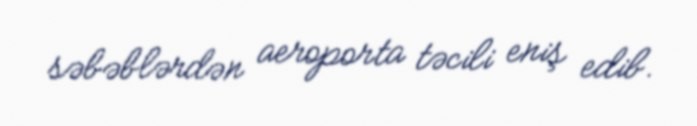
səbəblərdən aeroporta təcili eniş edib.